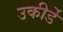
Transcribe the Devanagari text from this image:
उकीर्डे